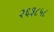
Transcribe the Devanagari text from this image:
२६३८५८